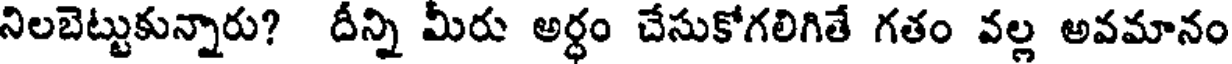
నిలబెట్టుకున్నారు? దీన్ని మీరు అర్ధం చేసుకోగలిగితే గతం వల్ల అవమానం